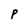
Character: p